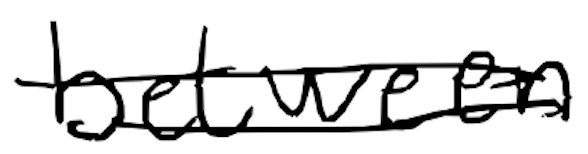
Text: between
Cross-out: mix
Writing tool: digital_black